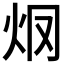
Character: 𤆳